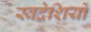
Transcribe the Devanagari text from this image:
स्वदेशियों